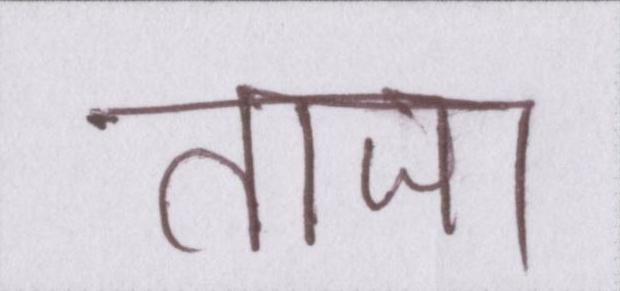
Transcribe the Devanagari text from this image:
ताजा